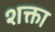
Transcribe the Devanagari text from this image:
शक्ता